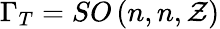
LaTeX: \Gamma_{T}=SO\left(n,n,\mathcal{Z}\right)